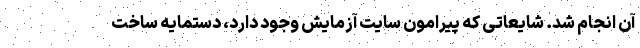
آن انجام شد. شایعاتی که پیرامون سایت آزمایش وجود دارد، دستمایه ساخت